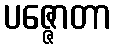
ပဇ္ဇောတာ